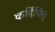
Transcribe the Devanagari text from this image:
कहिंचित्‌